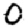
Digit: 0